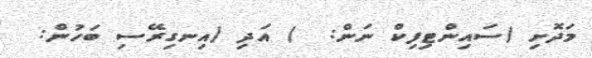
މަދޮށި (ސައިންޓިފިކް ނަން:  ) އަދި (އިނގިރޭސި ބަހުން: